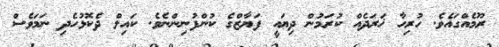
ރޫމެއްގައެވެ. ހުރިހާ ޚަރަދެއް ކުރަމުން ދިޔައީ ފަޔާޒްގެ ކުންފުނިންނެވެ. ކައިލް ދެކޮޅުހެދި ނަމަވެސް